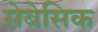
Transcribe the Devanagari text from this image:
सेबेसिक